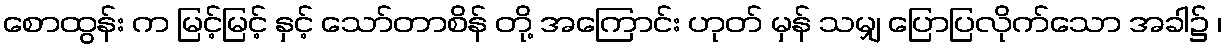
စောထွန်း က မြင့်မြင့် နှင့် သော်တာစိန် တို့ အကြောင်း ဟုတ် မှန် သမျှ ပြောပြလိုက်သော အခါ၌ ၊